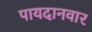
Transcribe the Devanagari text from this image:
पायदानवार